Specificity of antivenomous sera - Number 5
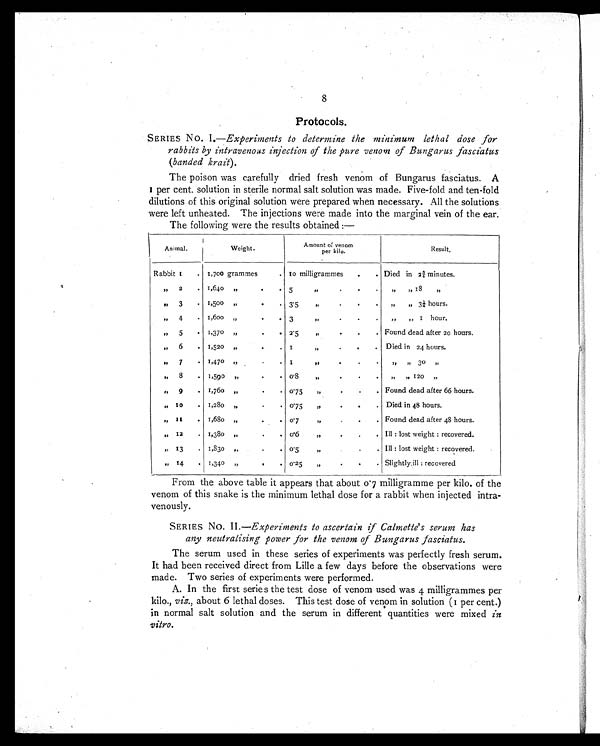
8
Protocols.
SERIES No. 1.—Experiments to determine the minimum lethal dose for
rabbits by intravenous injection of the pure venom of Bungarus fasciatus
(banded krait).
The poison was carefully dried fresh venom of Bungarus fasciatus. A
1 p e r c e n t . s o l u t i o n i n s t e r i l e n o r m a l s a l t s o l u t i o n w a s m a d e . F i v e - f o l d a n d t e n - f o l d
dilutions of this original solution were prepared when necessary. All the solutions
were left unheated. The injections were made into the marginal vein of the ear.
The following were the results obtained :—
Animal.
Weight.
Amount of venom
per kilo.
Result.
Rabbit 1 .
1,700 grammes
. 10 milligrammes
.
. Died in 2¾ minutes.
„ 2
. 1,640 ,,.
. 5
,,
. . .
,, ,, 18 ,,
,, 3
.
1,500 ,, . .
3.5
,,
.
. .
„
„ 3¼ hours.
,, 4
. 1,600 ,,
. .
3
,, . . .
,, ,, 1 hour.
,, 5
.
1,370 ,, . .
2.5
,, . . .
Found dead after 20 hours.
„ 6
. 1,520 ,,
. .
1
,,
. . .
Died in 24 hours.
,, 7
.
1,470 ,, . .
1 , , . .
,,
,,30 ,,
„ 8
. 1,590 ,,
,,
.
.
0.8 ,, . .
,, ,,120 „
,, 9
. 1,760 „
. .
0.75
,,
. . .
Found dead after 66 hours.
„ 10
. 1,280 ,,
. .
0.75
,,
. . .
Died in 48 hours.
„ 11
. 1,680 „
. 0.7
„
.
.
. Found dead after 48 hours.
„ 12
. 1,380 ,,
.
. 0.6
,, . . .
III : lost weight : recovered.
„ 13
. 1,830 ,,
. .
0.5
,, . .
III : lost weight : recovered.
,, 14
. 1,340 ,,
.
. 0.25
„
.
.
. Slightly, ill : recovered
From the above table it appears that about 0.7 milligramme per kilo. of the
venom of this snake is the minimum lethal dose for a rabbit when injected intra-
venously.
SERIES No. II .—Experiments to ascertain if Calmette's serum has
any neutralising power for the venom of Bungarus fasciatus.
The serum used in these series of experiments was perfectly fresh serum.
It had been received direct from Lille a few days before the observations were
made. Two series of experiments were performed.
A. In the first series the test dose of venom used was 4 milligrammes per
kilo., viz., about 6 lethal doses. This test dose of venom in solution (1 per cent.)
in normal salt solution and the serum in different quantities were mixed in
vitro.